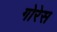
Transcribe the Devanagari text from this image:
गोरेस